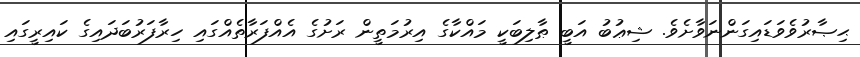
ޙިޞާރުވެވަޑައިގަންނަވާށެވެ. ޝިޢުބު އަބީ ޠާލިބަކީ މައްކާގެ އިރުމަތީން ރަށުގެ އެއްފަރާތެއްގައި ހިރާފަރުބަދައިގެ ކައިރީގައި